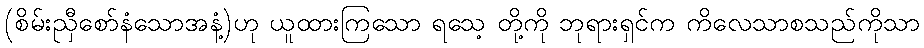
(စိမ်းညှီစော်နံသောအနံ့)ဟု ယူထားကြသော ရသေ့ တို့ကို ဘုရားရှင်က ကိလေသာစသည်ကိုသာ